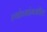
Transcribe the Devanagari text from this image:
त्यांच्यांमधील